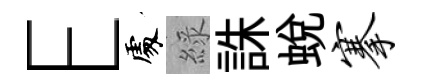
E𠁅綠誅蛻搴